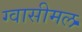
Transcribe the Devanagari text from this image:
ग्वासीमल